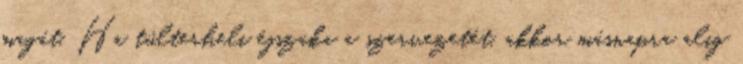
magát. Ha túlterheli éjszaka a szervezetét, akkor másnapra alig